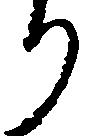
り